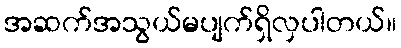
အဆက်အသွယ်မပျက်ရှိလှပါတယ်။